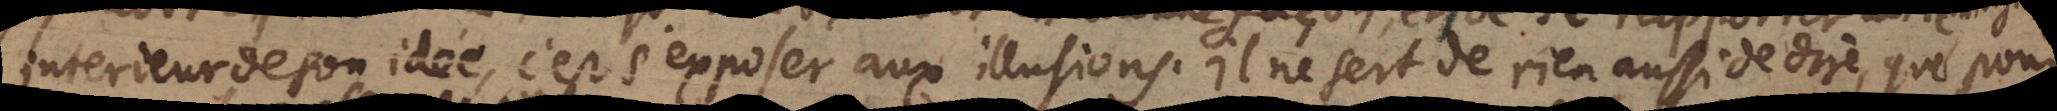
interieur de son ide ´e, c’est s’exposer aux illusions. Il ne sert de rien aussi de dire, que pour